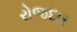
રોજદાર